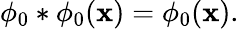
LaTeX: \phi_{0}*\phi_{0}(\mathbf{x})=\phi_{0}(\mathbf{x}).